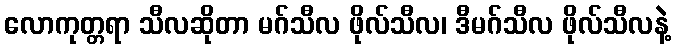
လောကုတ္တရာ သီလဆိုတာ မဂ်သီလ ဖိုလ်သီလ၊ ဒီမဂ်သီလ ဖိုလ်သီလနဲ့